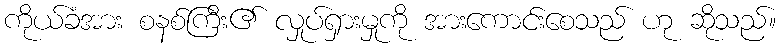
ကိုယ်ခံအား စနစ်ကြီး၏ လှုပ်ရှားမှုကို အားကောင်းစေသည် ဟု ဆိုသည်။